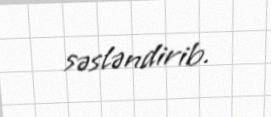
səsləndirib.